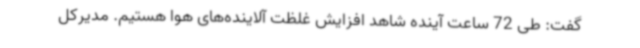
گفت: طی 72 ساعت آینده شاهد افزایش غلظت آلاینده‌های هوا هستیم. مدیرکل